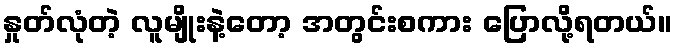
နှုတ်လုံတဲ့ လူမျိုးနဲ့တော့ အတွင်းစကား ပြောလို့ရတယ်။